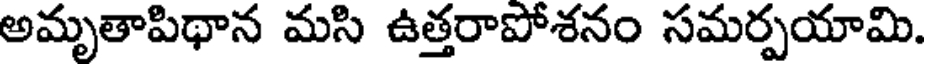
అమృతాపిథాన మసి ఉత్తరాపోశనం సమర్పయామి.